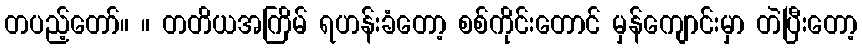
တပည့်တော်။ ။ တတိယအကြိမ် ရဟန်းခံတော့ စစ်ကိုင်းတောင် မှန်ကျောင်းမှာ တဲပြီးတော့